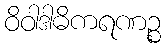
ဝိဝါဒါဓိကရဏဉ္စ